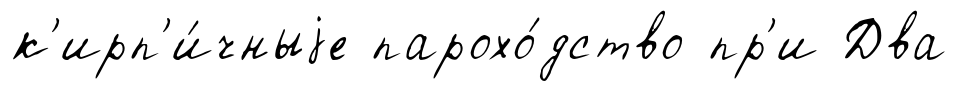
к'ирп'и́чныjе парохо́дство пр'и Два